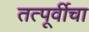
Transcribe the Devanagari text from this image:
तत्पूर्वीचा